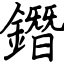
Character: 鐕